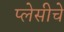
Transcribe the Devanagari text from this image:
प्लेसीचे